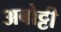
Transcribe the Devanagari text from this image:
अबोट्टी